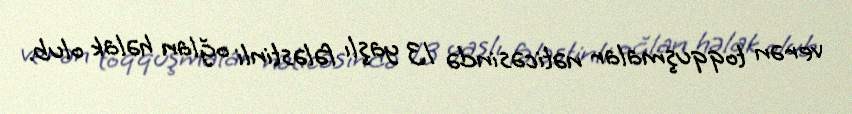
verən toqquşmalar nəticəsində 13 yaşlı fələstinli oğlan həlak olub.